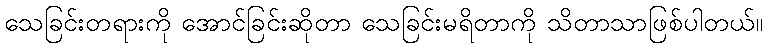
သေခြင်းတရားကို အောင်ခြင်းဆိုတာ သေခြင်းမရိတာကို သိတာသာဖြစ်ပါတယ်။